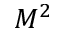
M ^ { 2 }